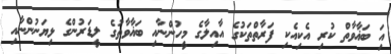
އަި ބަޣާވާތް ކުރި އެކިއެކި ފަރާތްތަކުގެ އާއިލާގެ މީހުންނާއި ބަޣާވާތުގެ ލީޑަރުންގެ ޅިޔަނުންނާއި